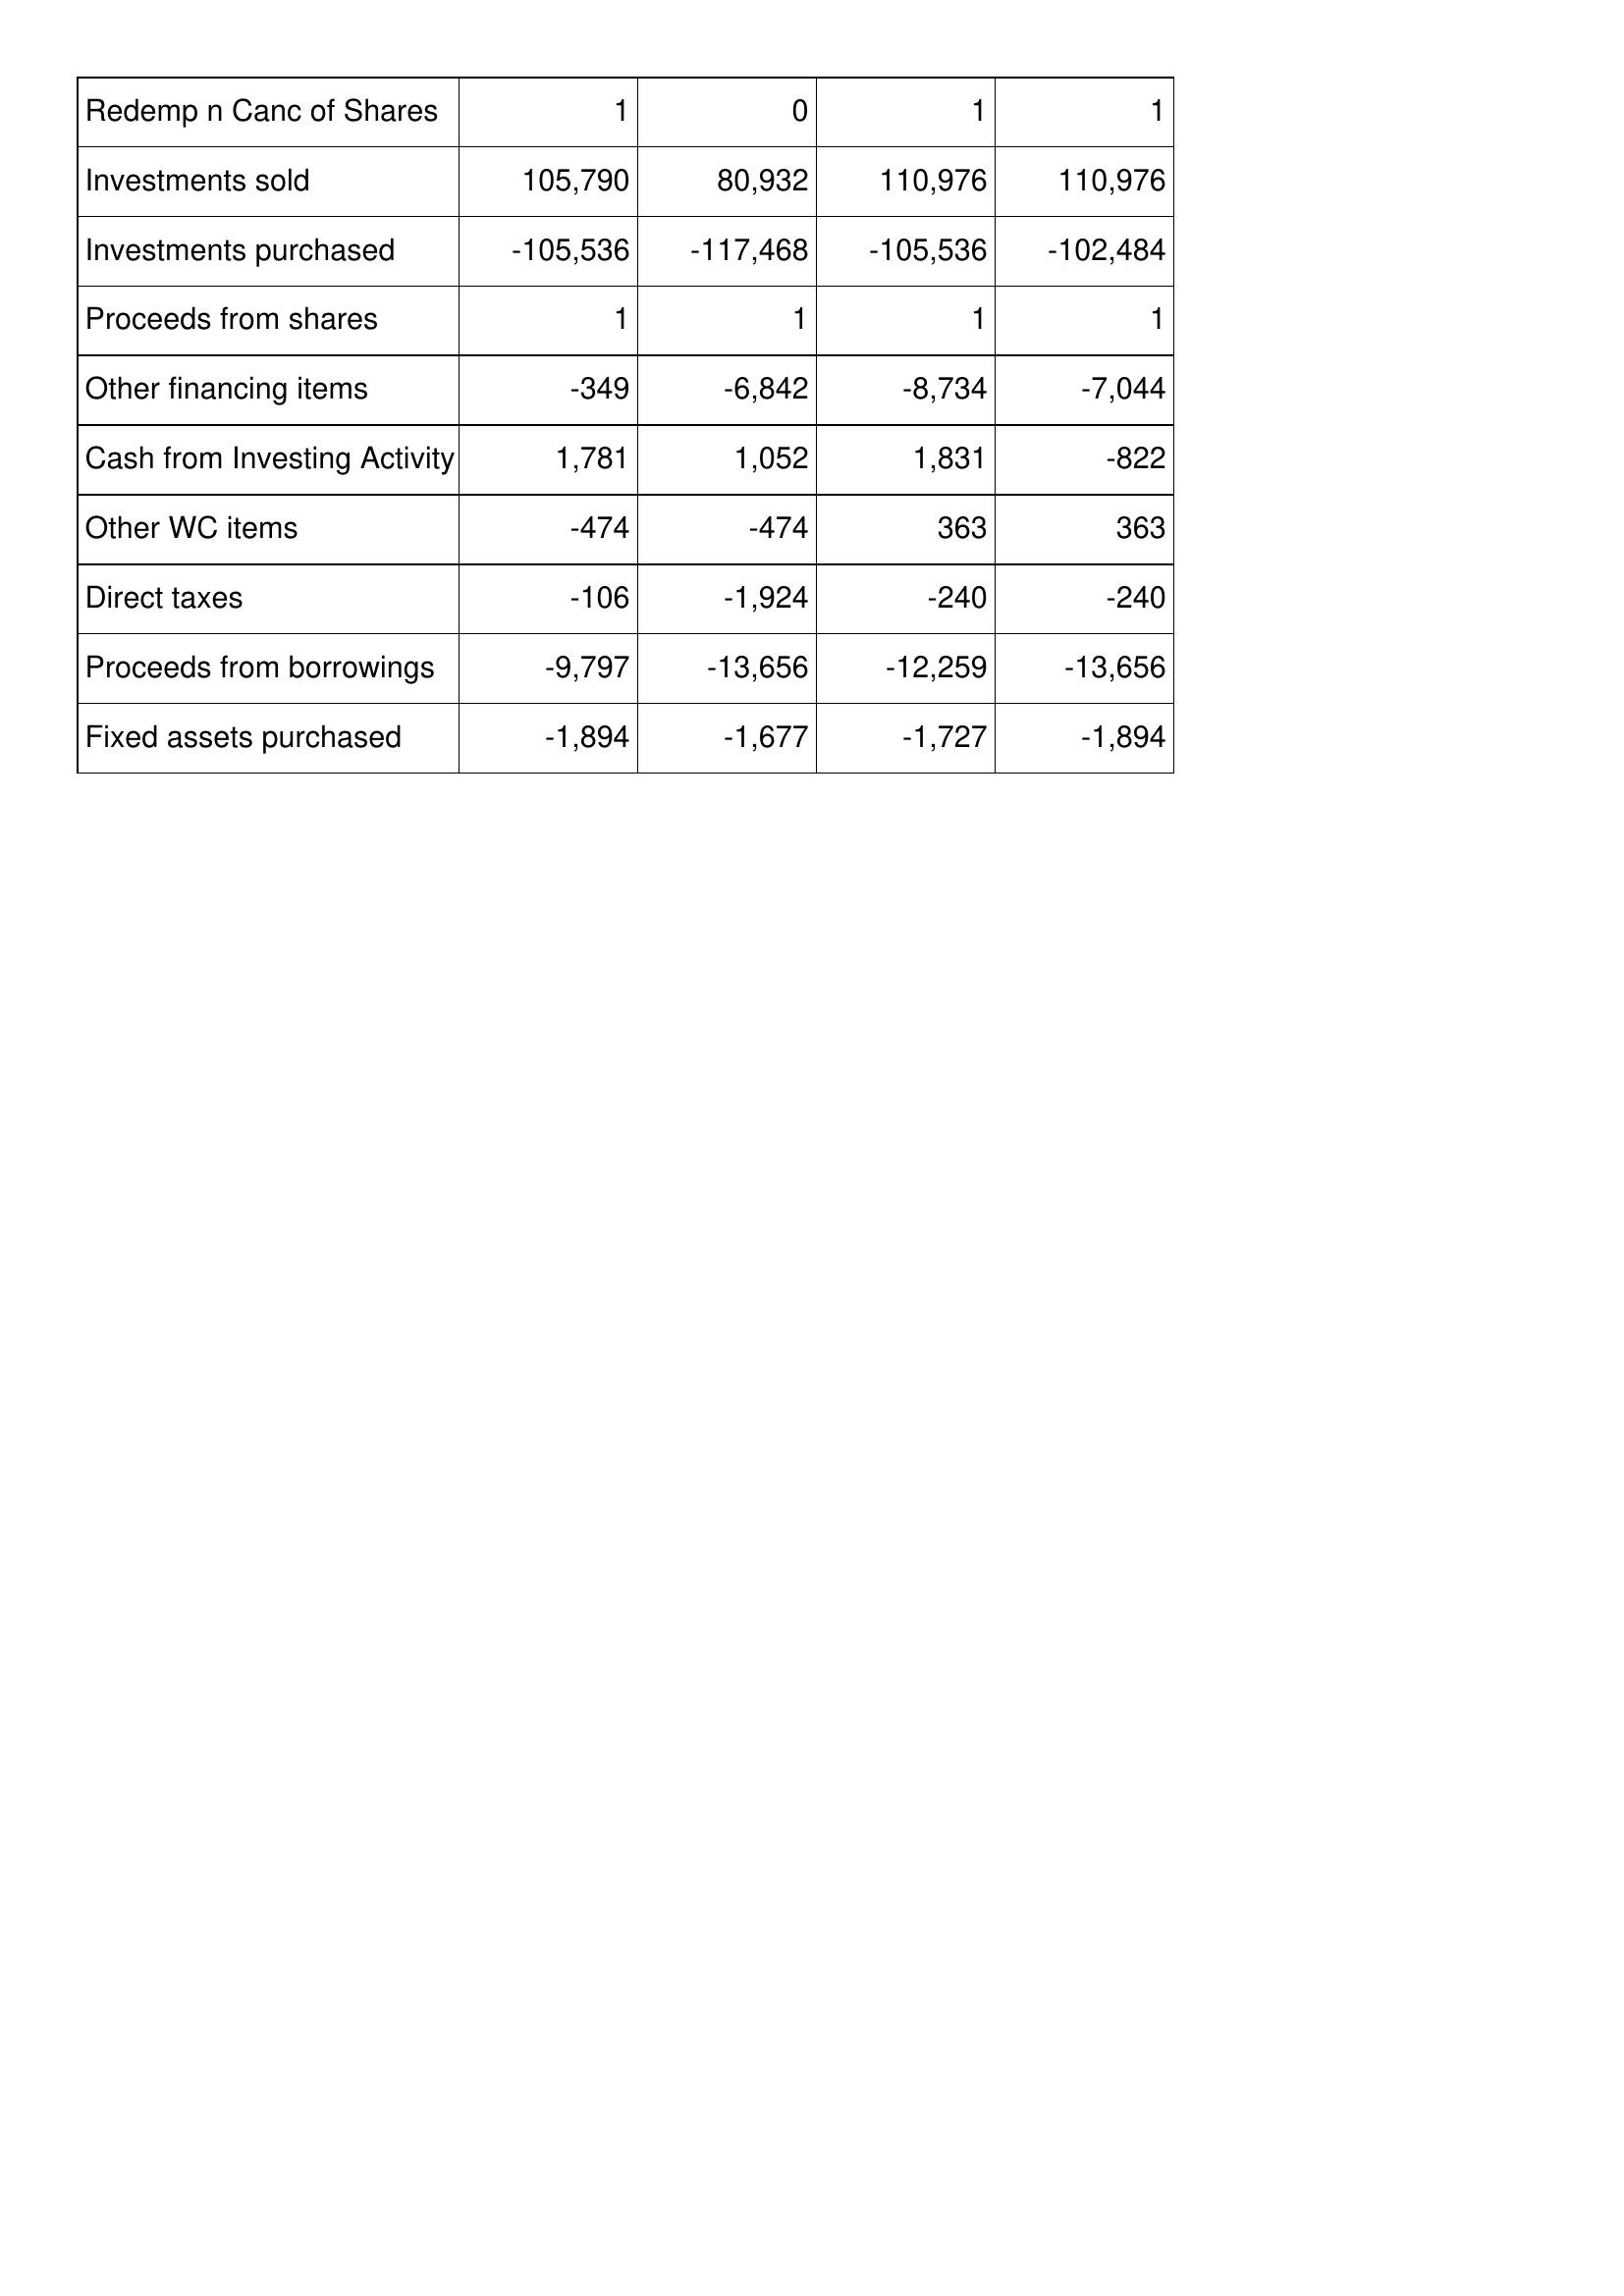
Mar-11: Cash Flows: Redemp n Canc of Shares: 1
Investments sold: 105,790
Investments purchased: -105,536
Proceeds from shares: 1
Other financing items: -349
Cash from Investing Activity: 1,781
Other WC items: -474
Direct taxes: -106
Proceeds from borrowings: -9,797
Fixed assets purchased: -1,894
Mar-10: Cash Flows: Redemp n Canc of Shares: 0
Investments sold: 80,932
Investments purchased: -117,468
Proceeds from shares: 1
Other financing items: -6,842
Cash from Investing Activity: 1,052
Other WC items: -474
Direct taxes: -1,924
Proceeds from borrowings: -13,656
Fixed assets purchased: -1,677
Mar-09: Cash Flows: Redemp n Canc of Shares: 1
Investments sold: 110,976
Investments purchased: -105,536
Proceeds from shares: 1
Other financing items: -8,734
Cash from Investing Activity: 1,831
Other WC items: 363
Direct taxes: -240
Proceeds from borrowings: -12,259
Fixed assets purchased: -1,727
Mar-08: Cash Flows: Redemp n Canc of Shares: 1
Investments sold: 110,976
Investments purchased: -102,484
Proceeds from shares: 1
Other financing items: -7,044
Cash from Investing Activity: -822
Other WC items: 363
Direct taxes: -240
Proceeds from borrowings: -13,656
Fixed assets purchased: -1,894